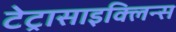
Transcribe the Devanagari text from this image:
टेट्रासाइक्लिन्स